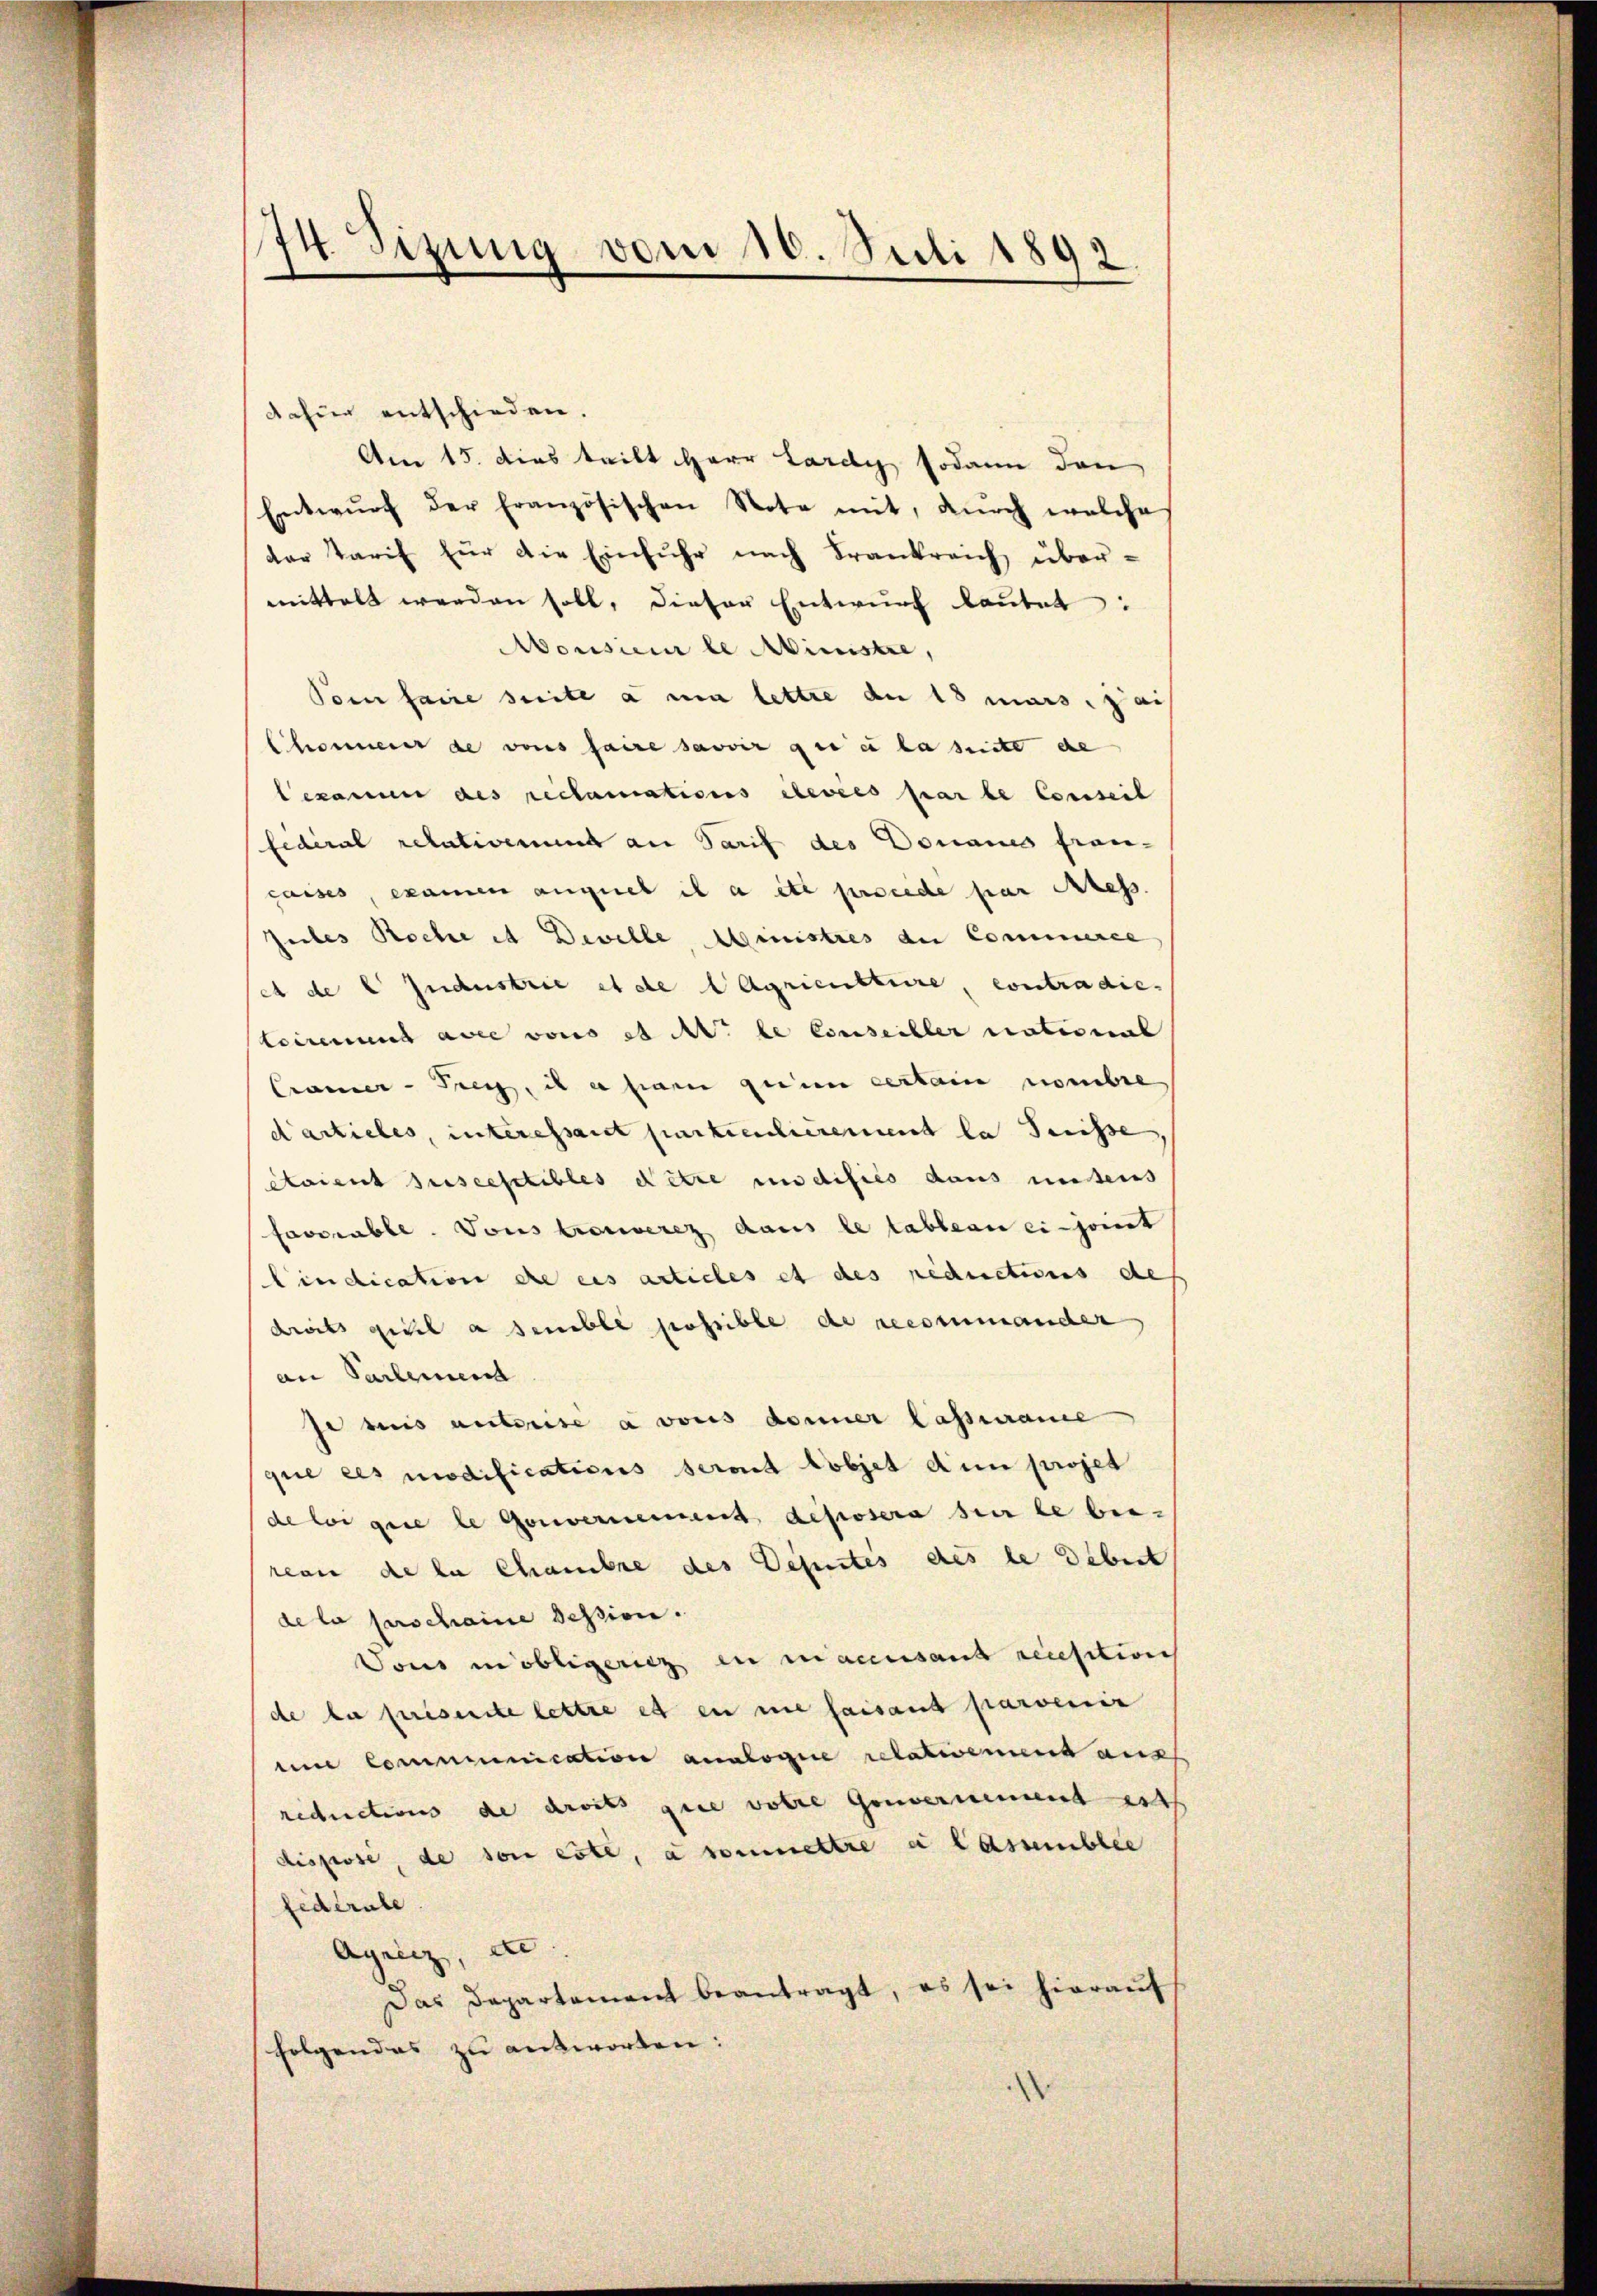
174. Sizung vom 10. Juli 1892

dafür entschieden.
Am 15. dies teilt Herr Lardy sodann den
Entwŭrf der französischen Note mit, dŭrch welches
der Tarif für die Einfuhr nach Frankreich übermittelt werden soll, dieser Entwŭrf laŭtet:
Aousieur le Ministre,
Ponn faire suite à un lettre de 18 mais au
Chonnerer de vons faire savoir gut es la suite de
lekann des reclamations élevées par le Conseil
federal relativement an Tarif des Donaues fran-
casses, examen auguel il a etc procede par Aless.
Jubes Roche et Deville, Ministres du Commerce
et de l Jndustrie et de Agricnttire, contradieteirinung avec vons et M. le Conseiller national
Cramer - Frey, i a sain qui certain nombre
darticles, interessant partenticrement la Suisse
Aoient susceptibles Netze indifiés dans unteres
favorable. Tous trouverez dans le tableau einjoint
Cindication die eis articles et des reductions des
droits geil a semble possible de recsenmander
an Partemend
Je meis autorise a vons donner lassurame
que ces modifications seront tobjet dem projet
de bei gere le Gouvernement deposera sur le bei-
reau de la chambre des Deputés des le debert
de la perschaine Session.
Vous in obligerich in macensans reisitions
de la priserste lettre es en nie faisant parvenir
mne Communication analogie relativement aus
rechnetions de droits gute volle Gouvernement est
dispose, de son este, a soumettre a Casumblic
federate
Agrin, u
Das Departament beantragt, es sei hieraŭf
folgendes zu antworten: